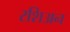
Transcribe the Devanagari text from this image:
रशिअन